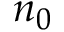
n _ { 0 }